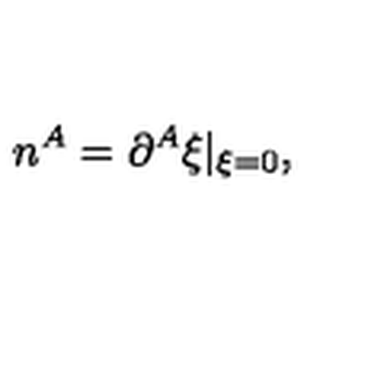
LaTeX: n ^ { A } = \partial ^ { A } \xi | _ { \xi = 0 } ,